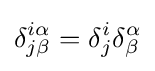
\delta _{j\beta }^{i\alpha }=\delta _{j}^{i}\delta _{\beta }^{\alpha }